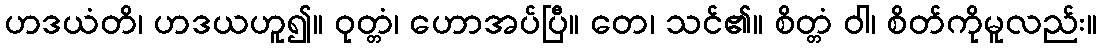
ဟဒယံတိ၊ ဟဒယဟူ၍။ ဝုတ္တံ၊ ဟောအပ်ပြီ။ တေ၊ သင်၏။ စိတ္တံ ဝါ၊ စိတ်ကိုမူလည်း။